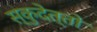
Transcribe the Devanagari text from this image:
स्कुदेत्तो